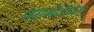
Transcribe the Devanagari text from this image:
पॅरामेशियम